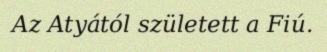
Az Atyától született a Fiú.